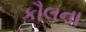
કૌલના